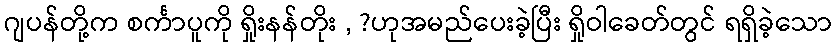
ဂျပန်တို့က စင်္ကာပူကို ရှိုးနန်တိုး , ?ဟုအမည်ပေးခဲ့ပြီး ရှိုဝါခေတ်တွင် ရရှိခဲ့သော